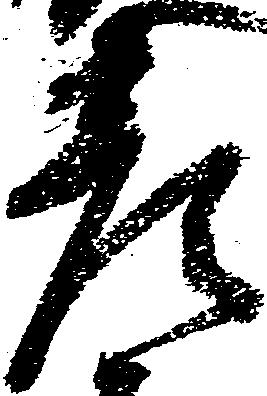
彦